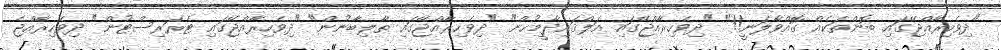
"ދިވެހިރާއްޖޭގައި ބޮންތަކެއް ގޮއްވާލަނީ!!" "ދިވެހިރާއްޖޭގައި އަލްޤައިދާމީހުން" "ދިވެހިރާއްޖޭގައި ޠާލިބާނުން" "ދިވެހިރާއްޖޭގައި ޓެރަރިސްޓުން" ދިވެހިރާއްޖެ